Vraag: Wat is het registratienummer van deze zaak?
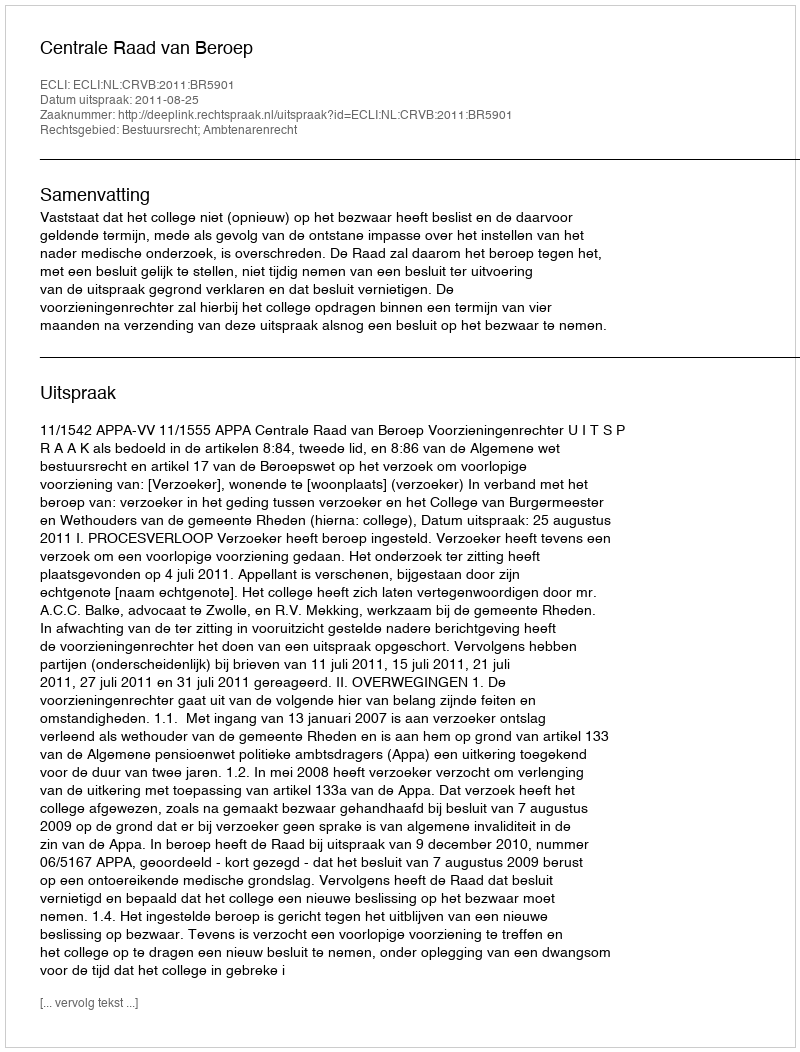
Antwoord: http://deeplink.rechtspraak.nl/uitspraak?id=ECLI:NL:CRVB:2011:BR5901